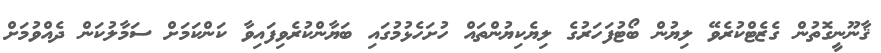
ޤާނޫނީގޮތުން ގެޒެޓްކުރެވޭ ލިޔުން ބޯޓުފަހަރުގެ ލިޔެކިޔުންތައް ހުށަހެޅުމުގައި ބަޔާންކުރެވިފައިވާ ކަންކަމަށް ސަމާލުކަން ދެއްވުމަށް